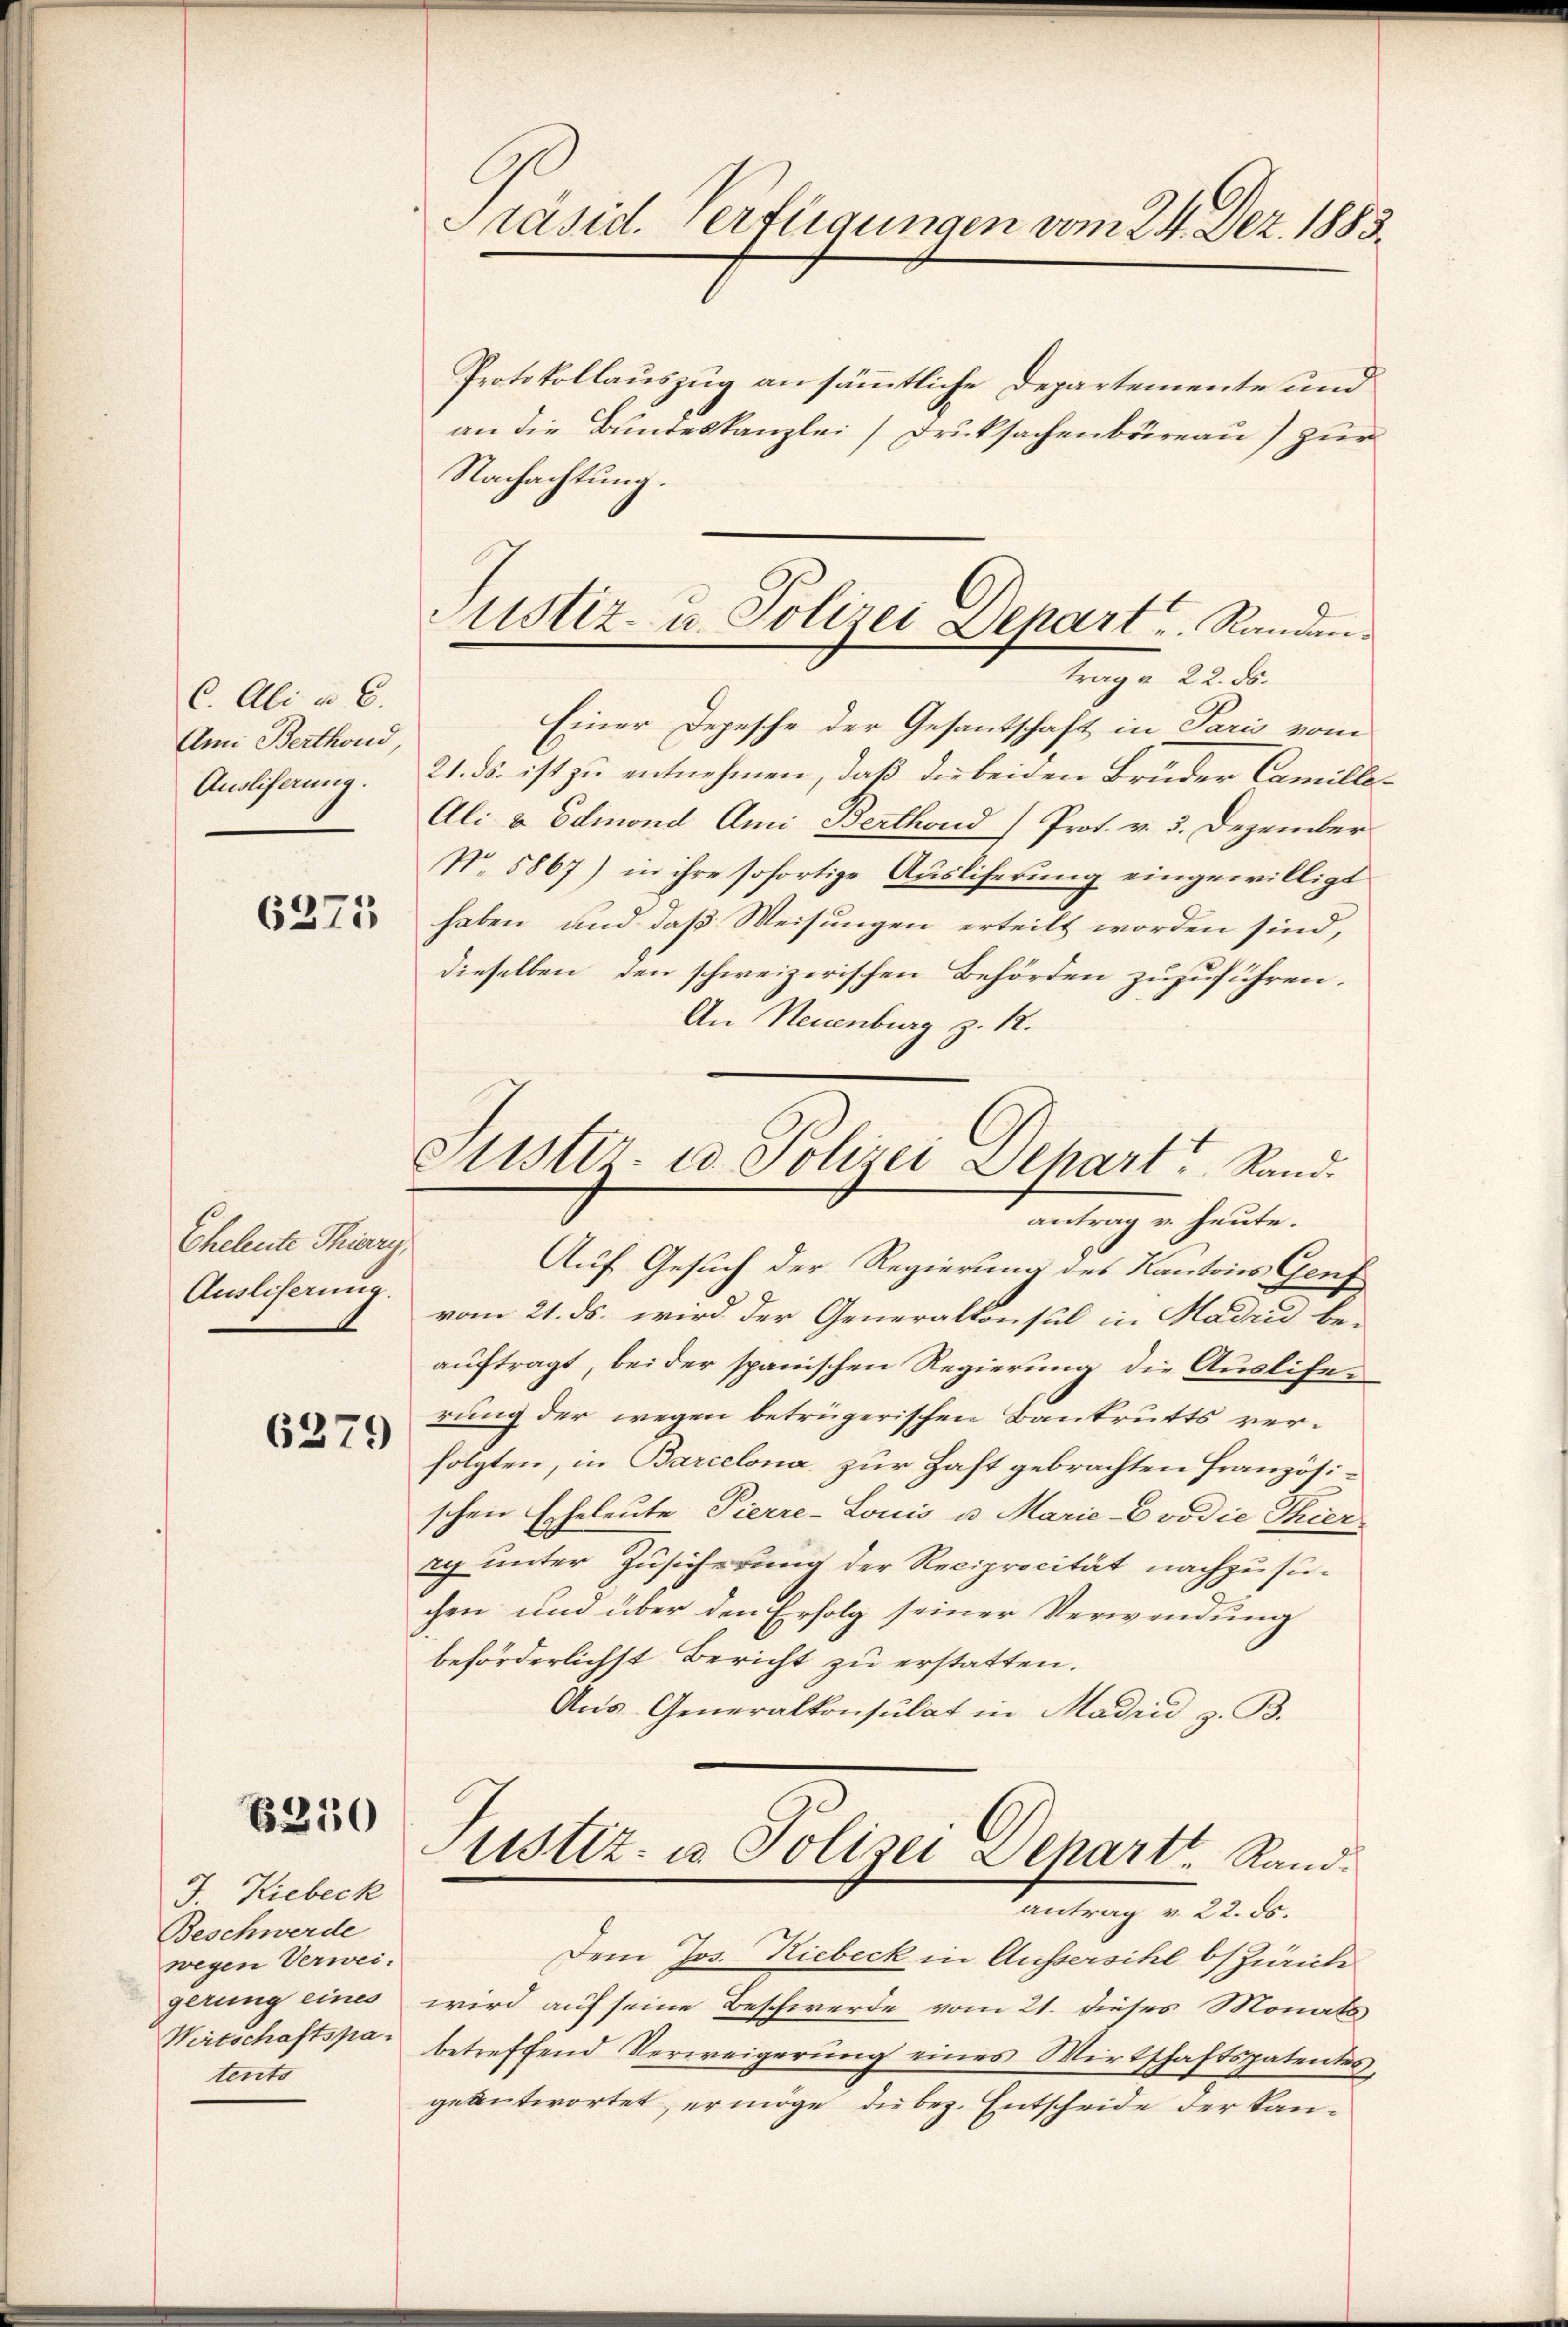
C. Ali u. 6.
Ami Berthond

Eheleute Thierry,
Ausliserung.

6379

Protokollauszug an sämmtliche Departemente und
an die Bundeskanzlei Druksachenbüreau) zur
Nachachtung.
Einer Depesche der Gesantschaft in Paris vom
Auslieferung. 21. ds. ist zu entnehmen, daß die beiden Brüder Camille¬
Ali & Odmond Ami Berthond Prot. v. 3. Dezember
No 5867) in ihre sofortige Ausliferung eingewilligt
2 haben und daß Weisungen erteilt worden sind,
dieselben den schweizerischen Behörden zuzuführen.
An Neuenburg z. R.
Auf Gesuch der Regierung des Kantons Genf
vom 21. ds. wird der Generalkonsul in Madri beauftragt, bei der spanischen Regierung die Ausliferung der wegen betrügerischen Baukrutts verfolgten, in Barcelona zur Haft gebrachten Französischene Eheleute Pierre-Louis u. Marie Evodie Thier-
ry unter Zusicherung der Reciprocität nachzusuchen und über den Erfolg seiner Verwendung
beförderlichst Bericht zu erstatten.
Aus Generalkonsulat in Madrid z. B.
ustiz- u Polizei Dehart Rand.
antrag v. 22. ds.
Dem Jos. Hiebeck in Aussersihl bszüriche
gerung eines wird auf seine Beschwerde vom 21. dieses Monats
Wirtschaftspa. betreffend Verweigerung eines Wirtschaftspatentes,
geantwortet, er möge die bez. Entscheide der Kan¬

B310

J. Kiebeck
Beschwerde
wegen Verweiteuts

Präsid. Verfügungen vom 24. Dez. 1883.

Justiz- u. Polizei Depart u. Randantrag d. 22. ds.

Justiz- u. Polizei Dehart Stand.
antrag u. heute.